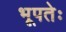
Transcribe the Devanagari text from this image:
भूपतेः